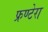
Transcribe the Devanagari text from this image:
फ्रण्टेरा